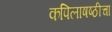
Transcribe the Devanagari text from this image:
कपिलाषष्ठीचा